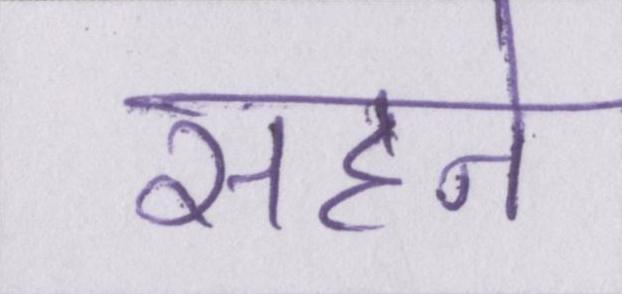
सहने